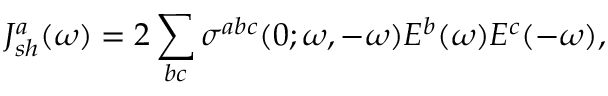
J _ { s h } ^ { a } ( \omega ) = 2 \sum _ { b c } \sigma ^ { a b c } ( 0 ; \omega , - \omega ) E ^ { b } ( \omega ) E ^ { c } ( - \omega ) ,